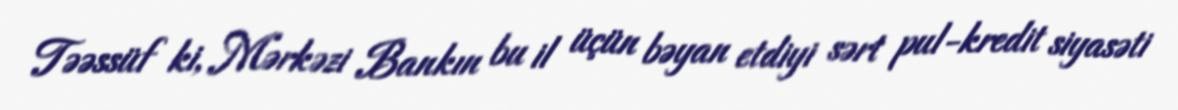
Təəssüf ki, Mərkəzi Bankın bu il üçün bəyan etdiyi sərt pul-kredit siyasəti